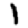
Digit: 1